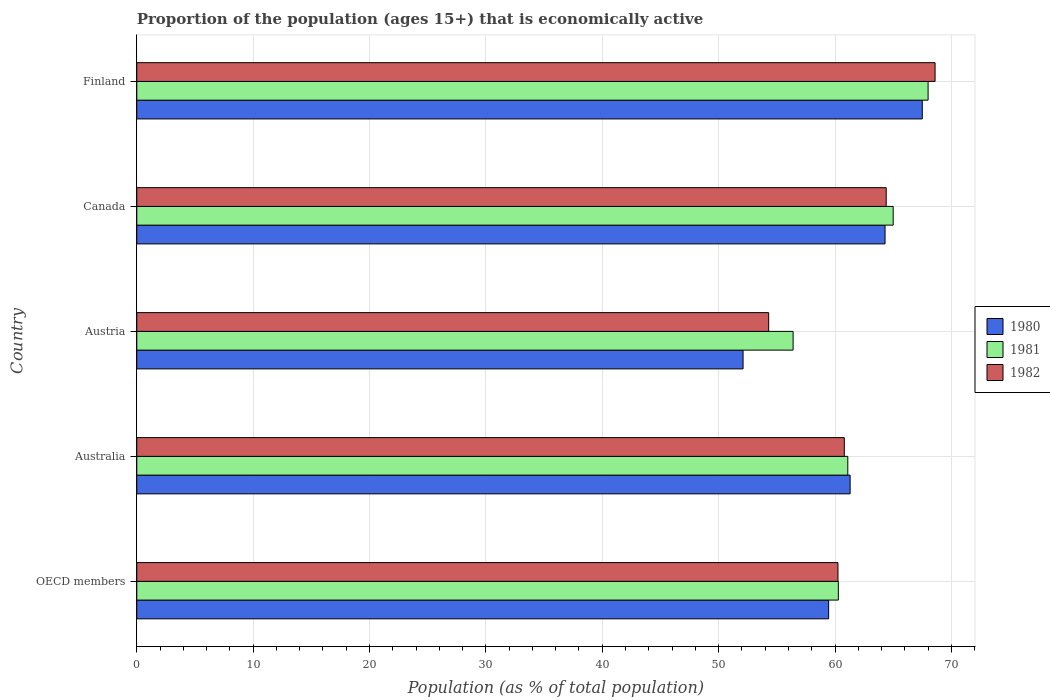
| Country | 1980 | 1981 | 1982 |
 | --- | --- | --- | --- |
 | OECD members | 59.5 | 60.3 | 60.3 |
 | Australia | 61.3 | 61.1 | 60.8 |
 | Austria | 52.1 | 56.4 | 54.3 |
 | Canada | 64.3 | 65 | 64.4 |
 | Finland | 67.5 | 68 | 68.6 |